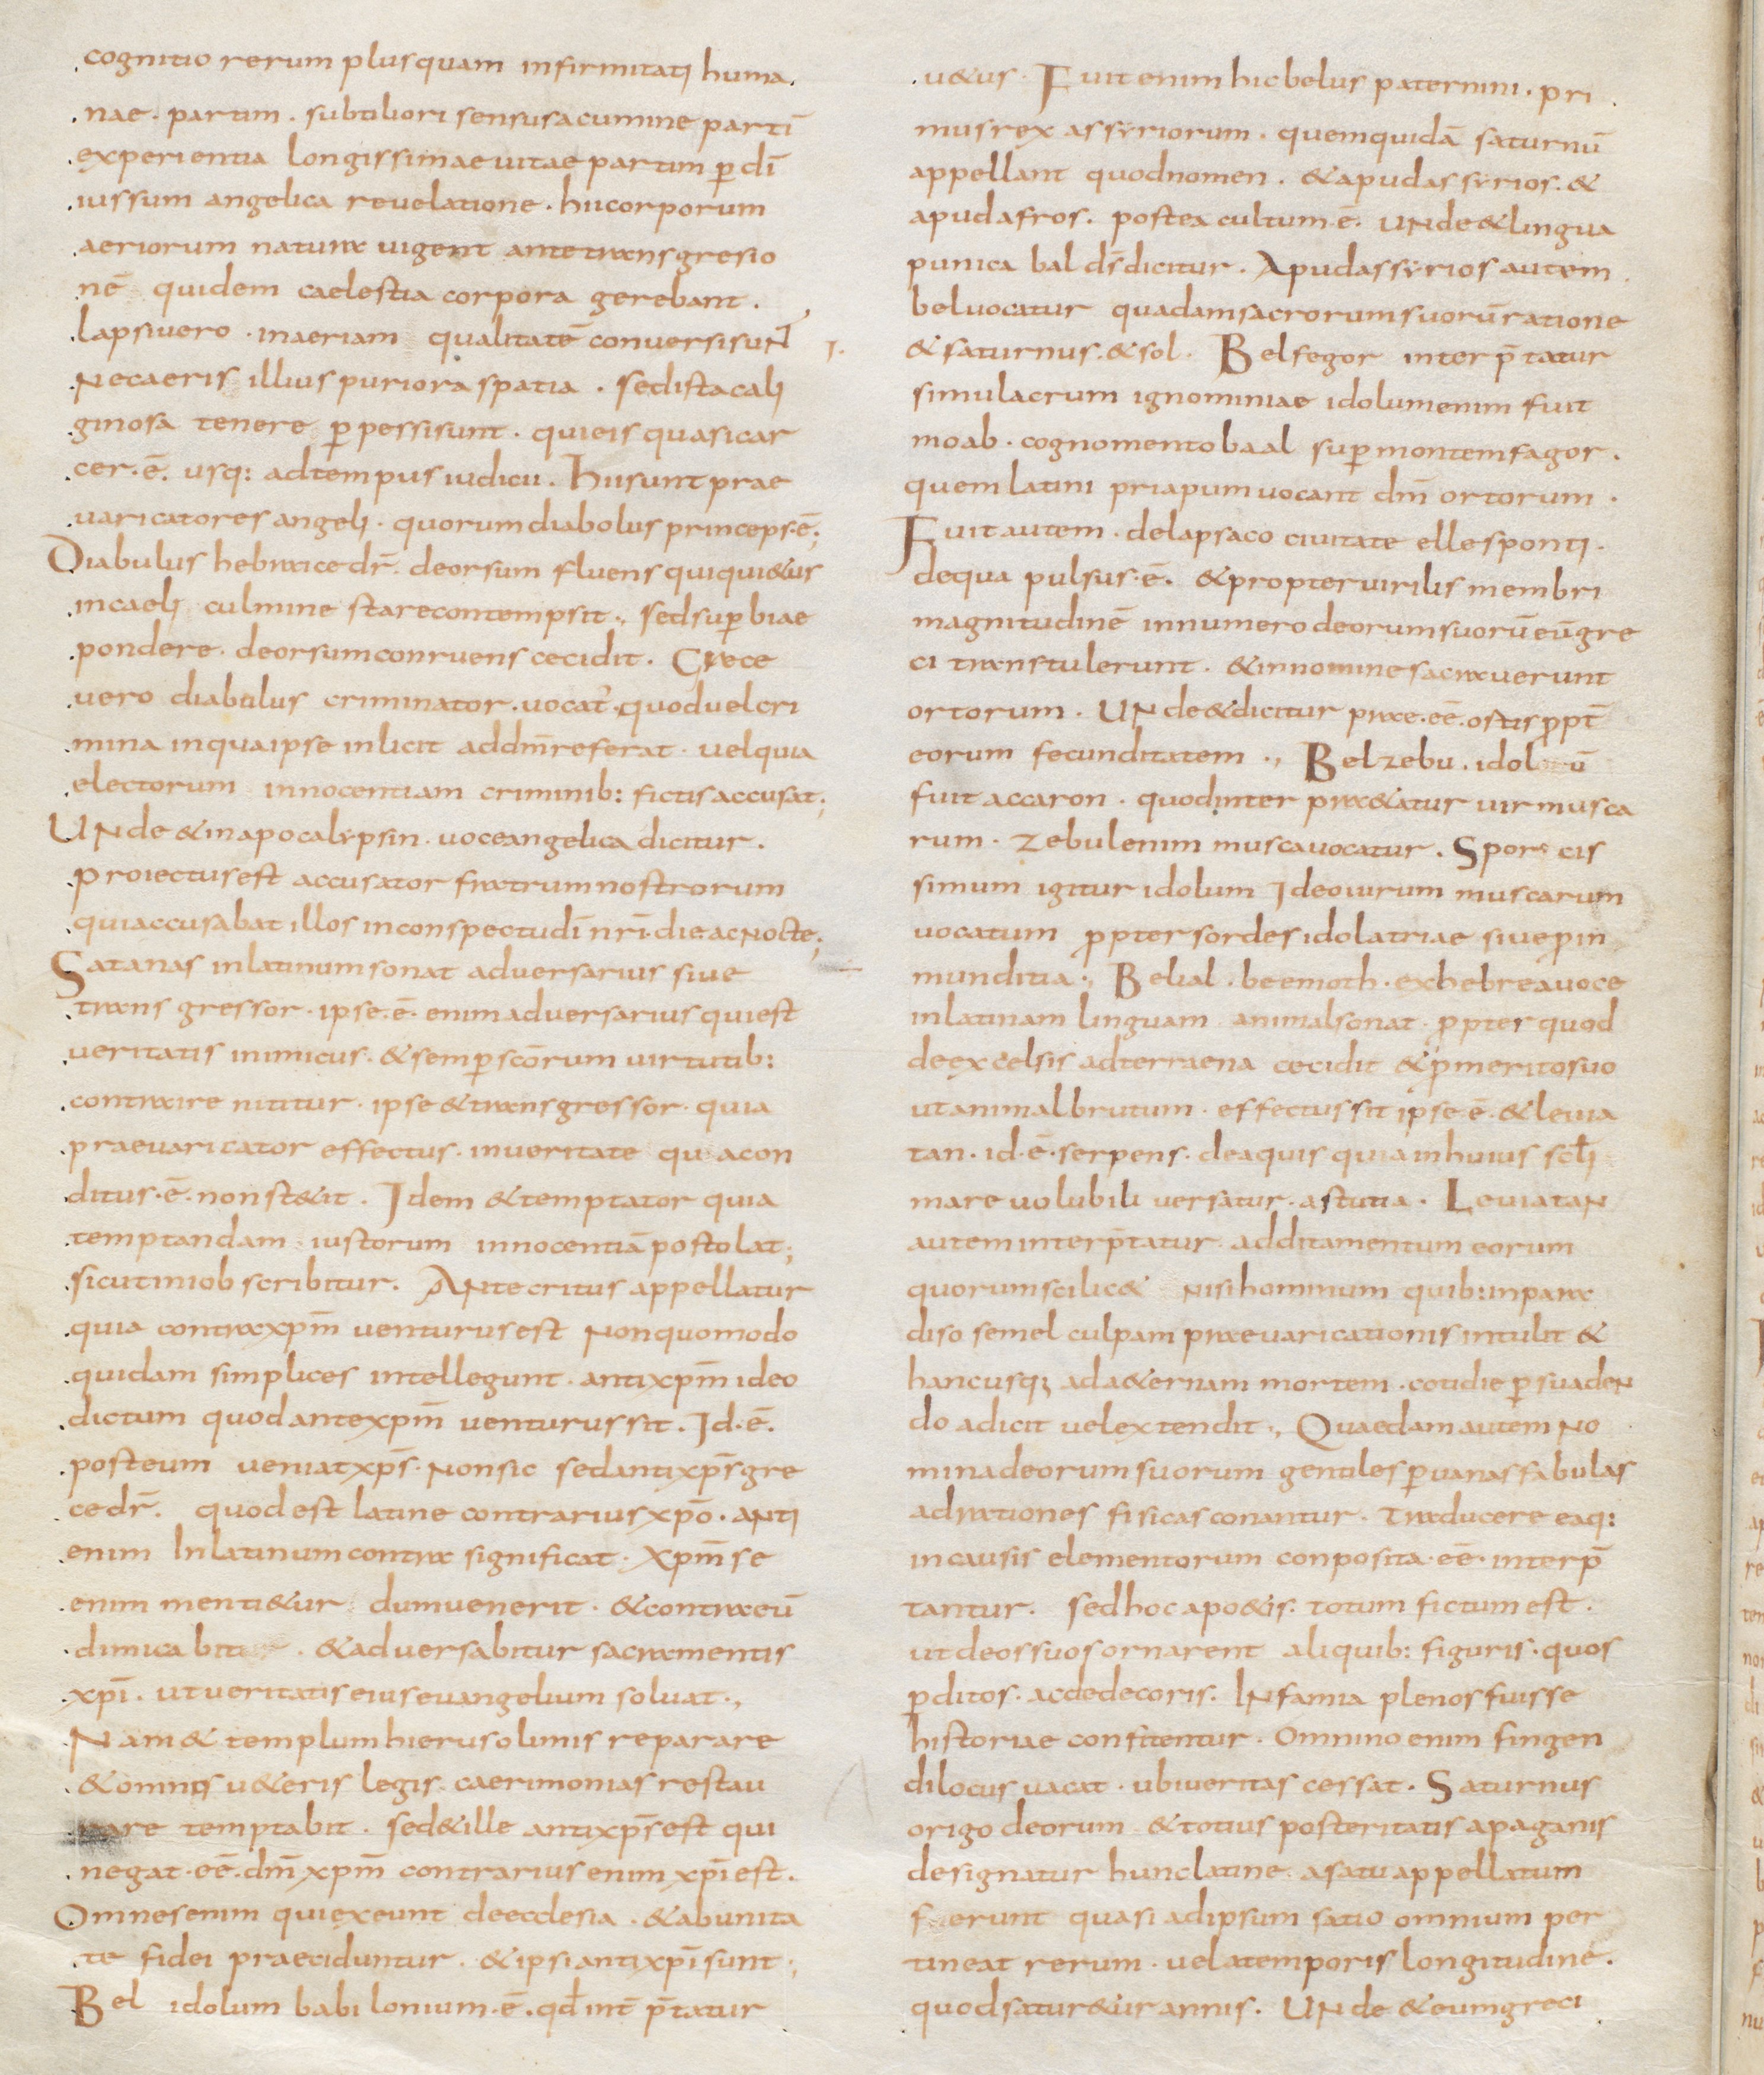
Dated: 800–829